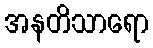
အနတိသာရော